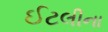
ઈટલીના